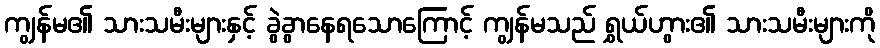
ကျွန်မ၏ သားသမီးများနှင့် ခွဲခွာနေရသောကြောင့် ကျွန်မသည် ရွှယ်ဟွား၏ သားသမီးများကို